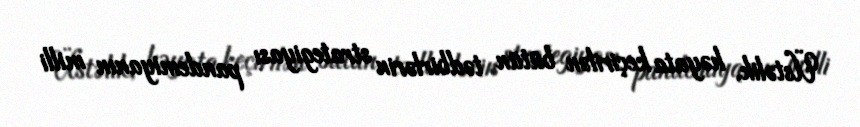
Üstəlik, həyata keçirilən bütün tədbirlərin strategiyası pandemiyanın milli